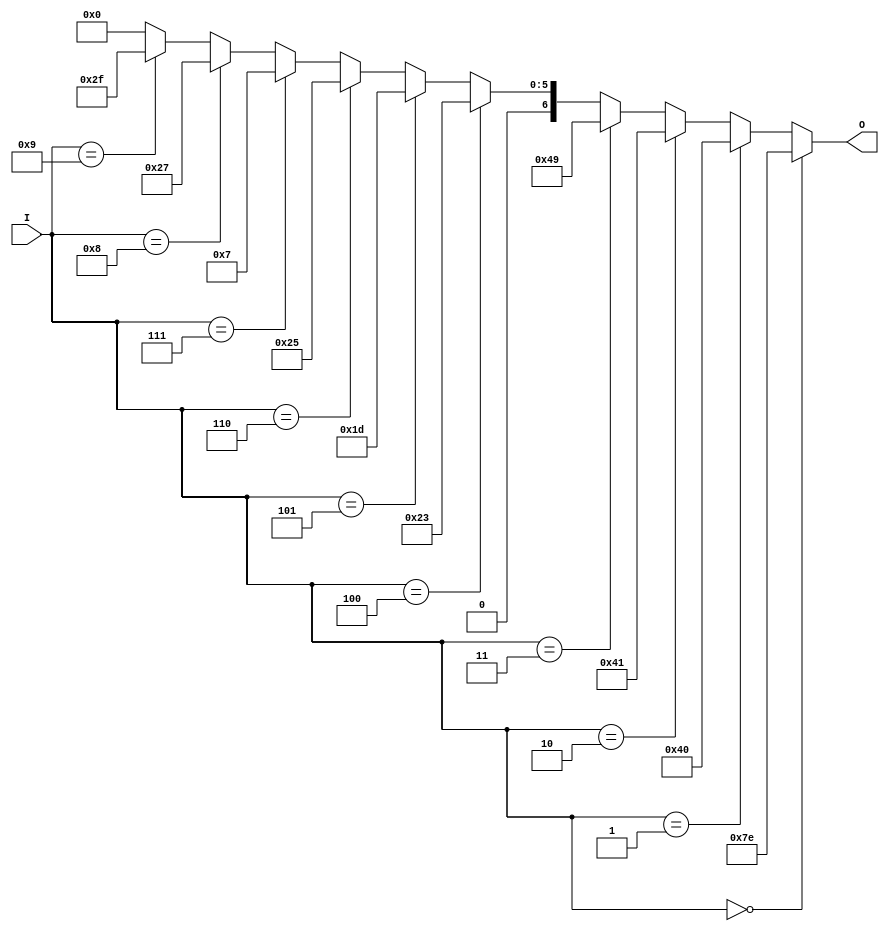
module klingon_dataf(
  input [3:0] I,
  output [6:0] O
);

  wire [3:0] i;
  assign i = I[3:0];

  assign O = (i == 0) ? 7'b1111110 :
             (i == 1) ? 7'b1000000 :
             (i == 2) ? 7'b1000001 :
             (i == 3) ? 7'b1001001 :
             (i == 4) ? 7'b0100011 :
             (i == 5) ? 7'b0011101 :
             (i == 6) ? 7'b0100101 :
             (i == 7) ? 7'b0000111 :
             (i == 8) ? 7'b0100111 :
             (i == 9) ? 7'b0101111 :
             7'b0000000;

endmodule